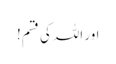
اور اللہ کی قسم!